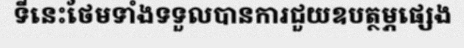
ទីនេះថែមទាំងទទួលបានការជួយឧបត្ថម្ភផ្សេង